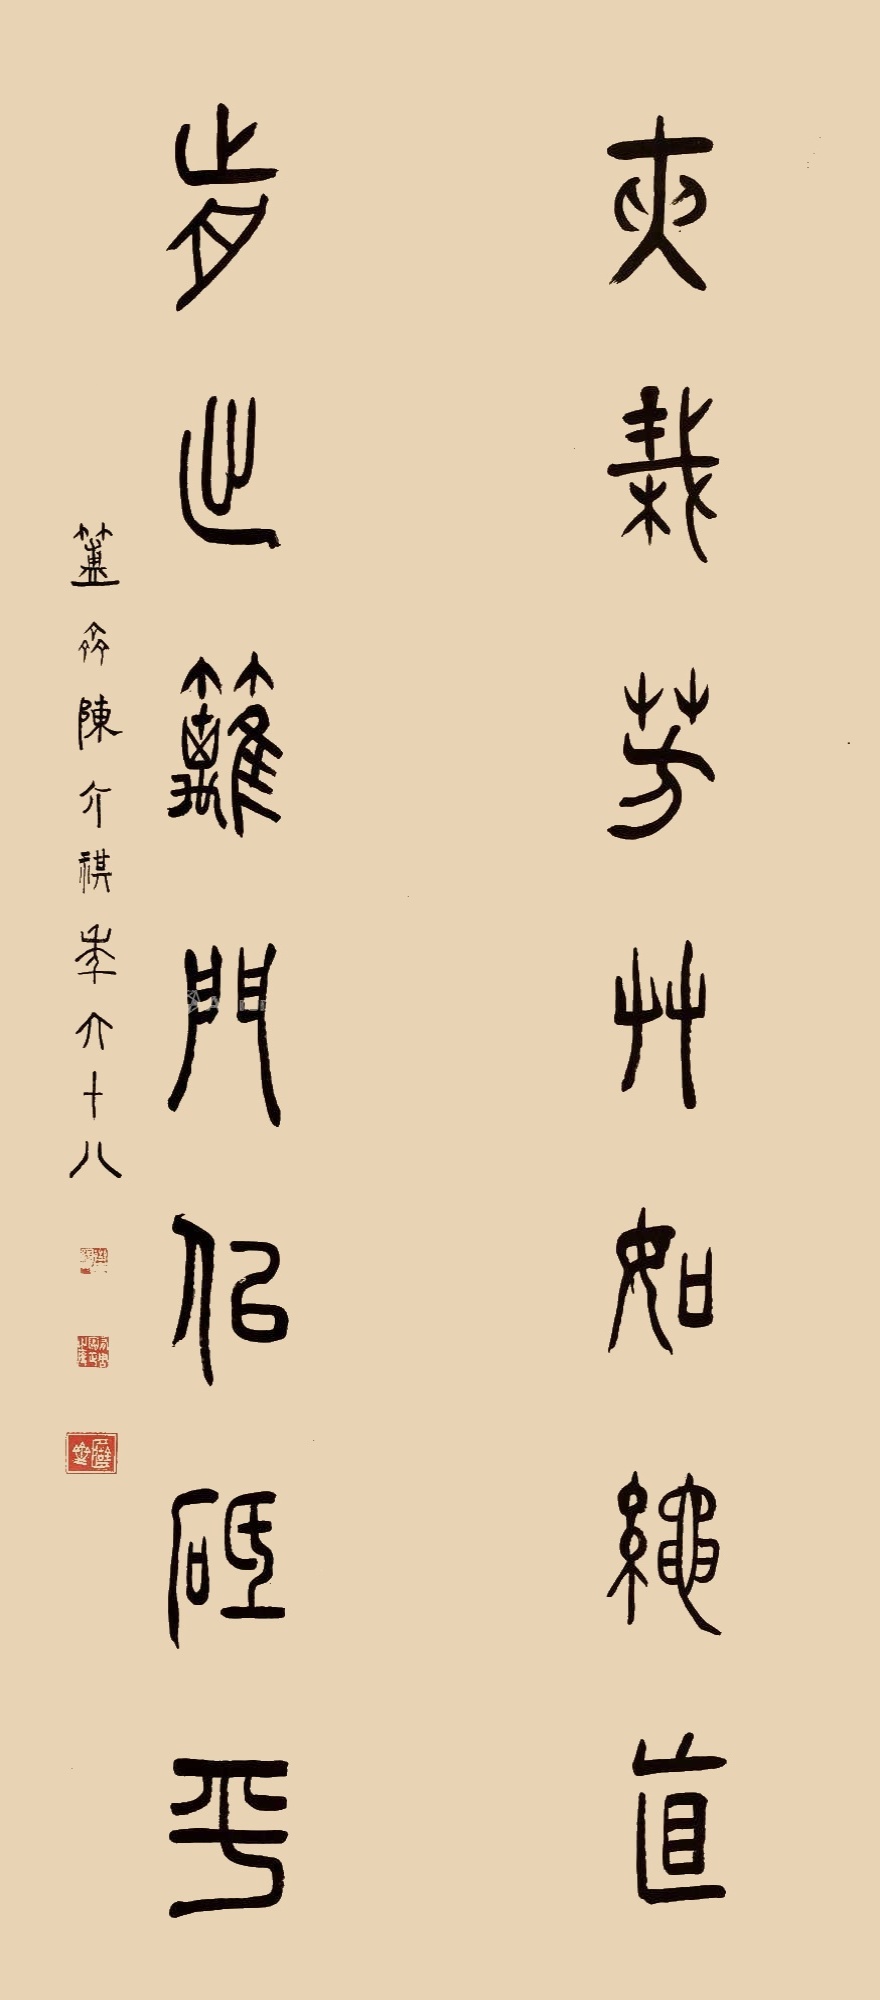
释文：夹栽芳草如绳直，前出篱门似砥平。簠斋陈介祺年六十八。